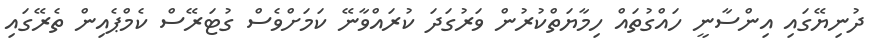
ދުނިޔޭގައި އިންސާނީ ހައްގުތައް ހިމާޔަތްކުރުން ވަރުގަދަ ކުރައްވާނޭ ކަމަށްވެސް ގުޓަރޭސް ކެމްޕެއިން ތެރޭގައި